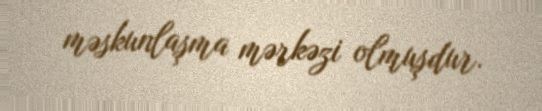
məskunlaşma mərkəzi olmuşdur.